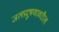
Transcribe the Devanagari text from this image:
जलप्रदूषणावरील